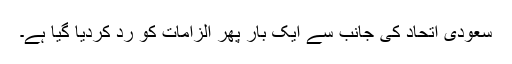
سعودی اتحاد کی جانب سے ایک بار پھر الزامات کو رد کردیا گیا ہے۔